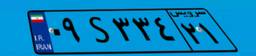
۱۲S۲۵۶۷۷